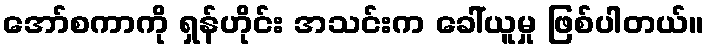
အော်စကာကို ရှန်ဟိုင်း အသင်းက ခေါ်ယူမှု ဖြစ်ပါတယ်။